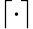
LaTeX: \lceil\cdot\rceil